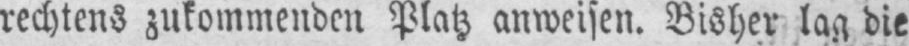
rechtens zukommenden Platz anweisen. Bisher lag die